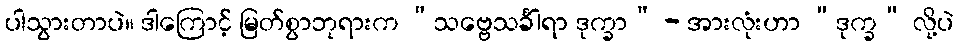
ပါသွားတာပဲ။ ဒါကြောင့် မြတ်စွာဘုရားက “သဗ္ဗေသင်္ခါရာ ဒုက္ခာ” - အားလုံးဟာ “ဒုက္ခ” လို့ပဲ